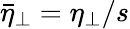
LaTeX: \bar{\eta}_{\perp}=\eta_{\perp}/s